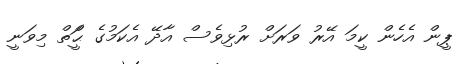
ޕީން އެހެން ކީމަ އޭރު ވަރަށް ރުޅިވެސް އާދޭ އެކަމުގެ ޙަްީްތް މިވަނީ